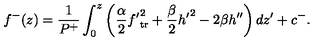
f ^ { - } ( z ) = { \frac { 1 } { P ^ { + } } } \int _ { 0 } ^ { z } \left( { \frac { \alpha } { 2 } } { f ^ { \prime } } _ { \mathrm { t r } } ^ { 2 } + { \frac { \beta } { 2 } } { h ^ { \prime } } ^ { 2 } - 2 \beta h ^ { \prime \prime } \right) d z ^ { \prime } + c ^ { - } .